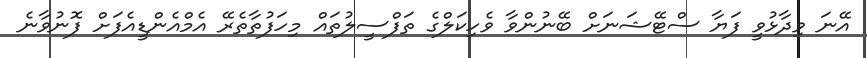
އޭނަ ވިދާޅުވީ ފަޔާ ސްޓޭޝަނަށް ބޭނުންވާ ވެހިކަލްގެ ތަފްސީލުތައް މިހަފުތާތެރޭ އެމްއެންޑީއެފަށް ފޮނުވާނެ